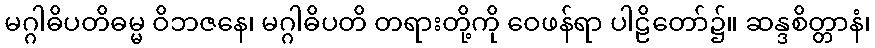
မဂ္ဂါဓိပတိဓမ္မ ဝိဘဇနေ၊ မဂ္ဂါဓိပတိ တရားတို့ကို ဝေဖန်ရာ ပါဠိတော်၌။ ဆန္ဒစိတ္တာနံ၊